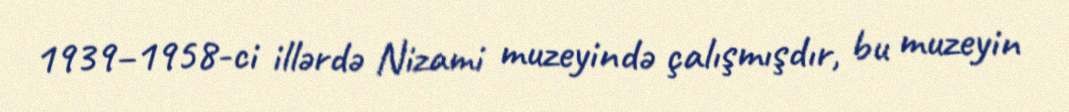
1939–1958-ci illərdə Nizami muzeyində çalışmışdır, bu muzeyin